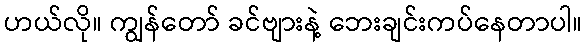
ဟယ်လို။ ကျွန်တော် ခင်ဗျားနဲ့ ဘေးချင်းကပ်နေတာပါ။